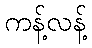
ကန့်လန့်